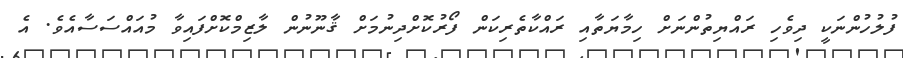
ފުލުހުންނަކީ ދިވެހި ރައްޔިތުންނަށް ހިމާޔަތާއި ރައްކާތެރިކަން ފޯރުކޮށްދިނުމަށް ޤާނޫނުން ލާޒިމްކޮށްފައިވާ މުއައްސަސާއެވެ. އެ